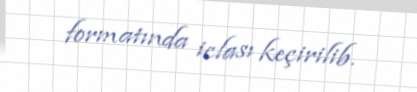
formatında iclası keçirilib.